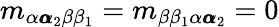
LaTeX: m_{\alpha{\pmb\alpha}_{2}\beta\beta_{1}}=m_{\beta\beta_{1}\alpha{\pmb\alpha}_{2}}=0